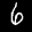
Label: 6